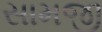
સામજી